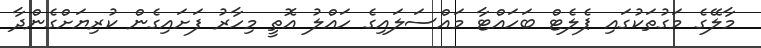
މާލޭގެ މަގުތަކުގައި ޕެލެޓް ބަހައްޓާ މައްސަލައިގެ ހައްލު އޮތީ މިހާރު ފަށައިގެން ކުރިޔަށްގެންދާ